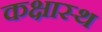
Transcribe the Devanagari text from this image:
कक्षास्थ